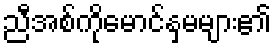
ညီအစ်ကိုမောင်နှမများ၏